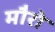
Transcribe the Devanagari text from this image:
मौरो